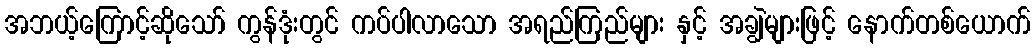
အဘယ့်ကြောင့်ဆိုသော် ကွန်ဒုံးတွင် ကပ်ပါလာသော အရည်ကြည်များ နှင့် အချွဲများဖြင့် နောက်တစ်ယောက်